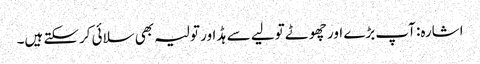
اشارہ: آپ بڑے اور چھوٹے تولیے سے ہڈ اور تولیہ بھی سلائی کرسکتے ہیں۔